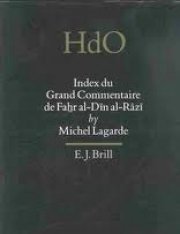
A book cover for Index Du Grand Commentaire De Fahr Al-Din Al-Razi (Handbook of Oriental Studies) (French Edition); Michel Lagarde; Religion & Spirituality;